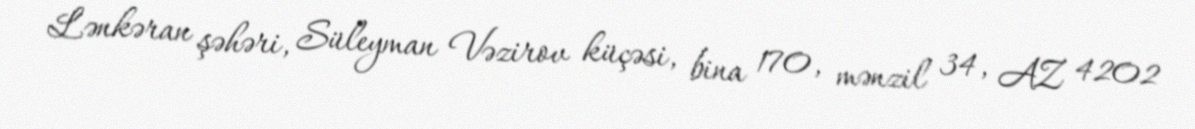
Lənkəran şəhəri, Süleyman Vəzirov küçəsi, bina 170, mənzil 34, AZ 4202